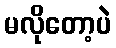
မလိုတော့ပဲ